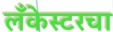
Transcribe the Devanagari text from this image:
लँकेस्टरचा